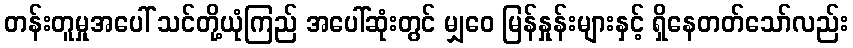
တန်းတူမှုအပေါ် သင်တို့ယုံကြည် အပေါ်ဆုံးတွင် မျှဝေ မြန်နှုန်းများနှင့် ရှိနေတတ်သော်လည်း